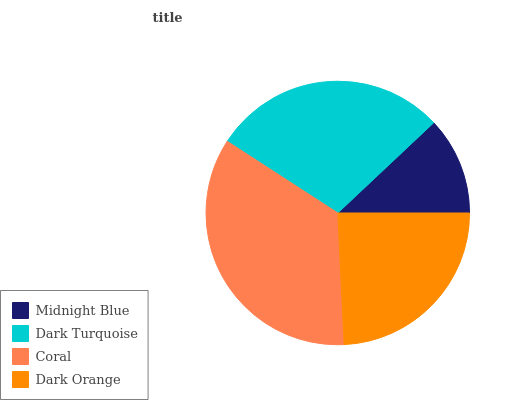
| Midnight Blue | Dark Turquoise | Coral | Dark Orange |
 | --- | --- | --- | --- |
 | 12% | 28.8% | 34.9% | 24.2% |